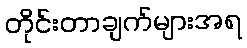
တိုင်းတာချက်များအရ